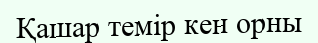
Қашар темір кен орны